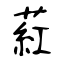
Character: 葒